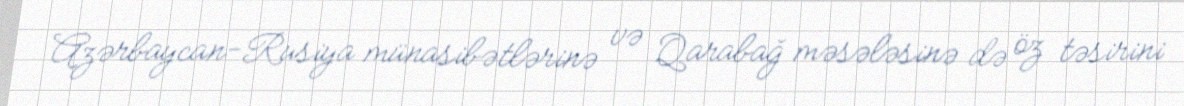
Azərbaycan-Rusiya münasibətlərinə və Qarabağ məsələsinə də öz təsirini